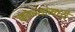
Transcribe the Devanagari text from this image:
कोळ्यामध्ये